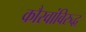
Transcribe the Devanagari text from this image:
कौरवांविरुद्ध